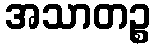
အသာတဉ္စ